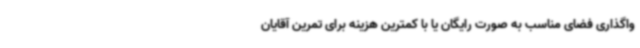
واگذاری فضای مناسب به صورت رایگان یا با کمترین هزینه برای تمرین آقایان